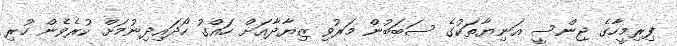
ފިރިމީހާގެ ޖިންސީ އަނިޔާތަކުގެ ސަބަބުން މަރުވި ޒިޔާދާއަށް ހައްގު ހޯދައިދިނުމަށް ކުރެވެން ހުރި